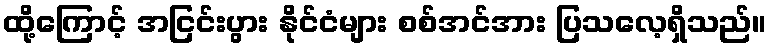
ထို့ကြောင့် အငြင်းပွား နိုင်ငံများ စစ်အင်အား ပြသလေ့ရှိသည်။